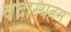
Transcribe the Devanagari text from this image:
वदाम्यहम्